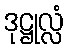
ဒုဋ္ဌုလ္လံ